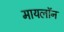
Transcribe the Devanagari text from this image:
मायलॉन